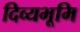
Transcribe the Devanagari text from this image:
दिव्यभूमि